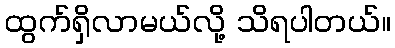
ထွက်ရှိလာမယ်လို့ သိရပါတယ်။